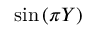
\sin { ( \pi Y ) }